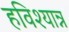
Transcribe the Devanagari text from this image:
हविश्यान्न